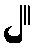
၂။